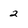
Character: 2